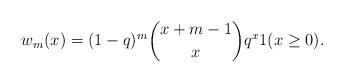
LaTeX: \begin{align*}w_m(x)=(1-q)^m\binom{x+m-1}{x} q^x1(x\ge 0).\end{align*}